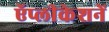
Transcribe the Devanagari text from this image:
ऍप्लीकेशनें